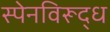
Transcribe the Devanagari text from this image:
स्पेनविरूद्ध